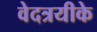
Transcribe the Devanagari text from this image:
वेदत्रयीके